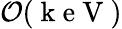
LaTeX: \mathcal{O}(\mathrm{~k~e~V~})